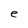
Character: e